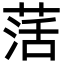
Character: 萿